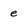
Character: e